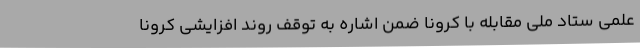
علمی ستاد ملی مقابله با کرونا ضمن اشاره به توقف روند افزایشی کرونا